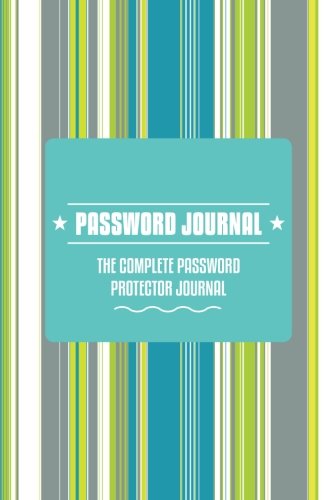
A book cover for Password Journal the Complete Password Protector; Speedy Publishing LLC; Business & Money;